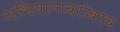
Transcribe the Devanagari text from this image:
अभियानाबरोबरच